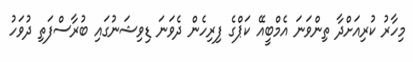
މިހާރު ކުރިއަށްދާ ތިންވަނަ އެމްބީއޭ ކަޕްގެ ފިރިހެން ދެވަނަ ޑިވިޝަނުގައި ބުރާސްފަތި ދުވަހު